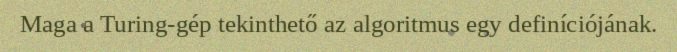
Maga a Turing-gép tekinthető az algoritmus egy definíciójának.